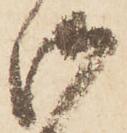
御